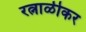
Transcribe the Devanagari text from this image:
रत्नाळीकर